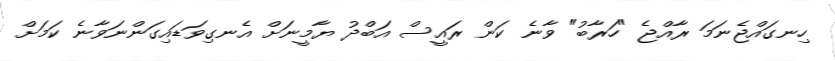
ހިނގައްޖެނަމަ ރާއްޖެ "ހަރާބު" ވާނެ ކަން ރައީސް އަބްދު ޔާމީނަށް އެނގިވަޑައިގަންނަވާނެ ކަމަށް